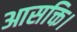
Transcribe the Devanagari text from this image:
आसक्ति।